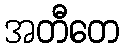
အတီတေ